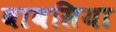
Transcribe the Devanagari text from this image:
बाबसिया